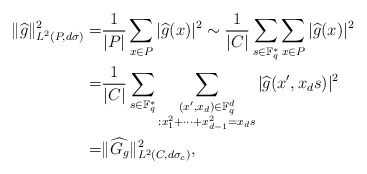
\begin{align*}\|\widehat{g}\|^2_{L^2(P, d\sigma)} =&\frac{1}{|P|}\sum_{x\in P} |\widehat{g}(x)|^2 \sim \frac{1}{|C|} \sum_{s\in \mathbb F_q^*} \sum_{x\in P} |\widehat{g}(x)|^2\\=& \frac{1}{|C|} \sum_{s\in\mathbb F_q^*} \sum_{\substack{(x^\prime, x_d)\in \mathbb F_q^d\\: x_1^2+\cdots+x_{d-1}^2=x_d s}} |\widehat{g}(x^\prime, x_d s)|^2\\=&\|\widehat{G_g}\|^2_{L^2(C, d\sigma_c)}, \end{align*}